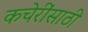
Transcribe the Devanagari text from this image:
कचेरींसाठी